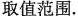
取值范围。